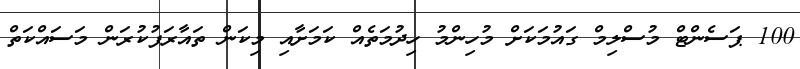
100 ޕަސެންޓް މުސްލިމް ގައުމަކަށް މުހިންމު ހިދުމަތެއް ކަމަށާއި މިކަން ތައާރަފުކުރަން މަސައްކަތް